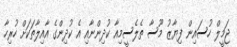
ޖަމީލް ހުސައިން ފިޔާޒު މޫސާ ތެލެސީމިއާ ކުދިންނާއި އެ ކުދިންގެ އާއިލާތަކަށް ހުރިހާ